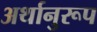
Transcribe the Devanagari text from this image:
अर्थानुरूप